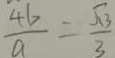
\frac { 4 b } { a } = \frac { \sqrt { 1 3 } } { 3 }